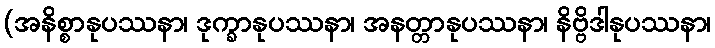
(အနိစ္စာနုပဿနာ၊ ဒုက္ခာနုပဿနာ၊ အနတ္တာနုပဿနာ၊ နိဗ္ဗိဒါနုပဿနာ၊